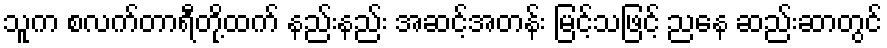
သူက စလက်တာရီတို့ထက် နည်းနည်း အဆင့်အတန်း မြင့်သဖြင့် ညနေ ဆည်းဆာတွင်